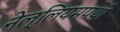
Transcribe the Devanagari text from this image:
नेल्लियमपथी